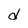
Character: d